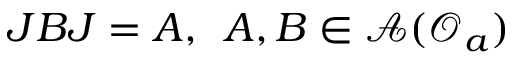
J B J = A , \, \, \, A , B \in \mathcal { A } ( \mathcal { O } _ { a } )